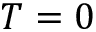
T = 0